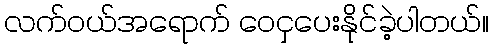
လက်ဝယ်အရောက် ဝေငှပေးနိုင်ခဲ့ပါတယ်။